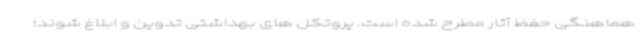
هماهنگی حفظ آثار مطرح شده است. پروتکل های بهداشتی تدوین و ابلاغ شوند؛